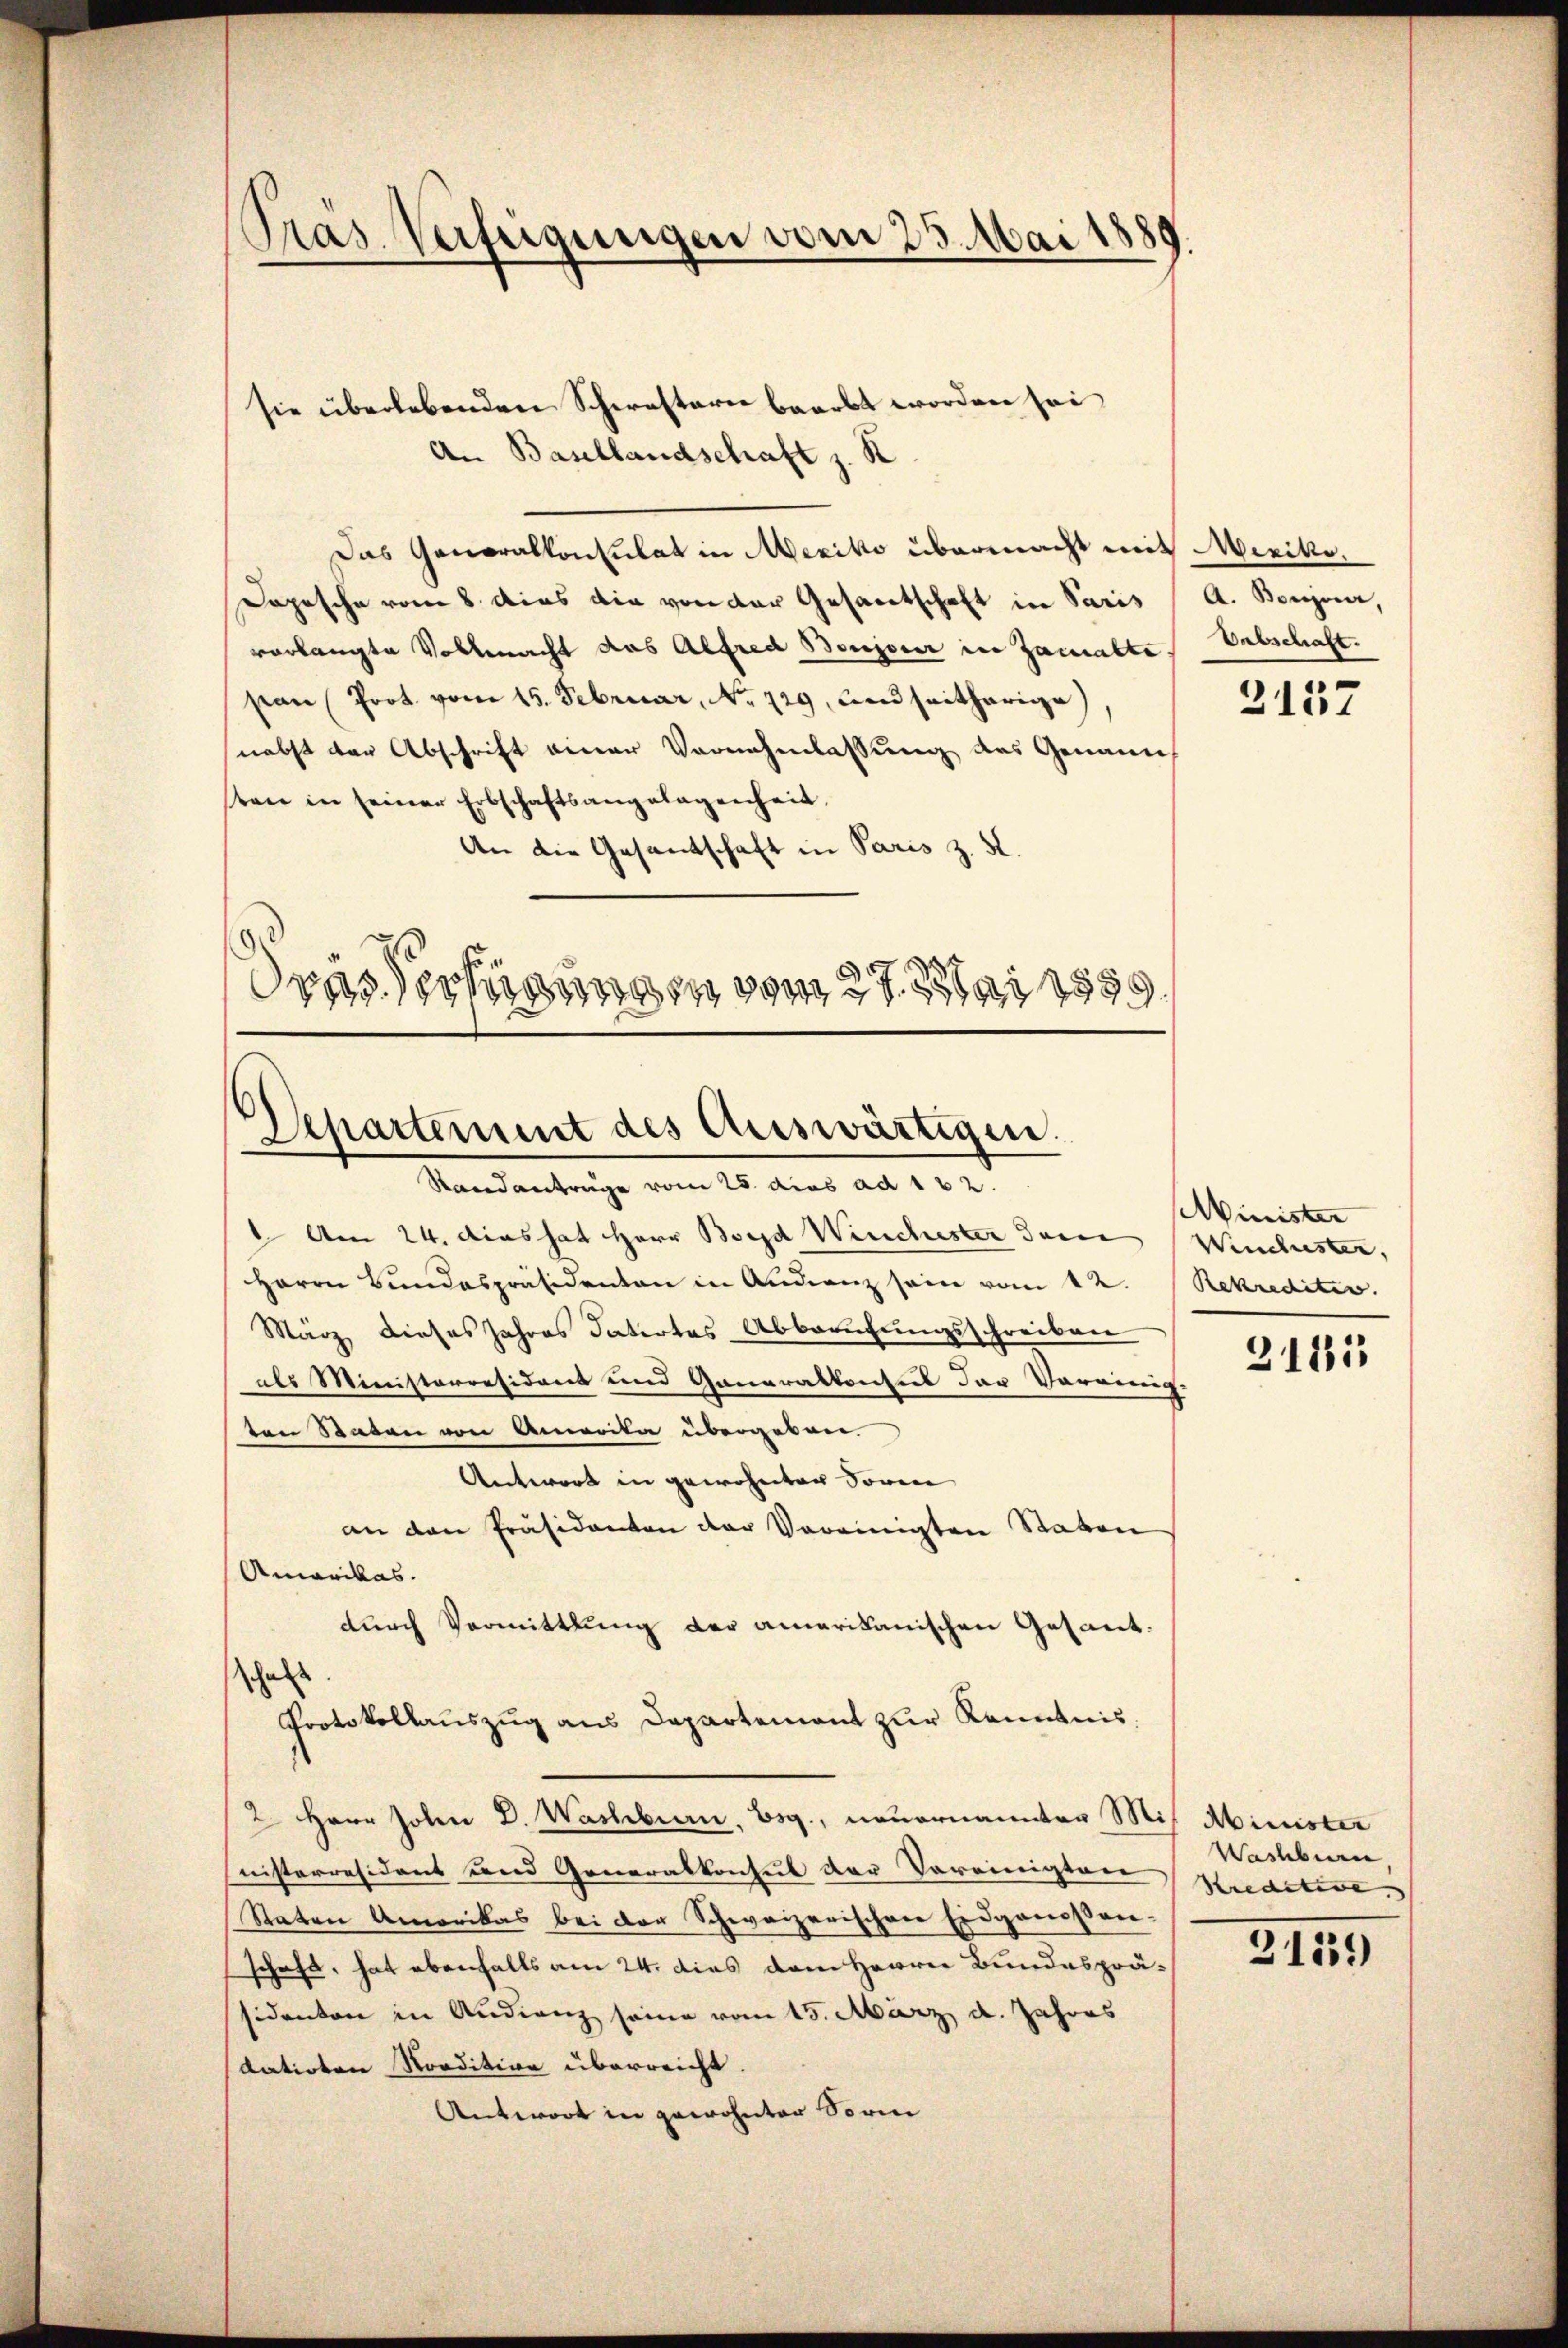
Pras. Verfeigungen vom 23. Mai 1880

Departement des Auswärtigen.
Standanträge vom 25. dies ad 122.

sie überlebenden Schwesterie baarbt worden sei,
An Basellandschaft z. K
Das Generalkonsulat in Mexiko übermacht mit Miriko¬
Dopische vom 8. dies die von der Gesantschaft in Paris A. Boujour
vorlangte Vollmacht das Alfred Bonjoier in Zamabte abschaft.
pan (Prot. vom 15. Februar, No 129, und seitherige,
nebst der Abschrift einer Vornahmlassung des Genann
sten in seiner Erbschaftsangelagenheit
An die Gesandtschaft in Paris z. K.
dres Verfügungen vom 27. Mai 1850.

Am 24. das hat Herr Bord Winchester den
Herrn Bundespräsidenten in Audienz sein vom 12. Rekredites.
März dieses Jahres datirtes Abberufungsschreiben
als Ministerresident und Generalkonsul der Vereinig-
ten Raten von Anweile übergeben.
Antwort in gewohnten Sowie
an den Präsidenten der Vereinigten Statten
Amerikas.
durch Vermittlung der amerikanischen Gesant.
hals
Protokollauszug aus Departement zur Kenntnis.
2 Herr Johan D. Wachbern, Esg., neuernannter Mis Minister
nisterresident und Generalkonsul der Vereinigten
Statten Amerikas bei der Schweizerischen Eidgenossen-
schaft, hat ebenfalls am 24. dies dem Herrn Bundesprä-
sidenten in Audienz seine vom 15. März d. Jahres
datirten Nordition überreicht.
Antwort in gewohnter Sori

2137

Minister
Winchuster,

3185

Washeberren
Kreditive. |

21339)